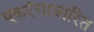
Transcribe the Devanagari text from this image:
एकरंगाधारित